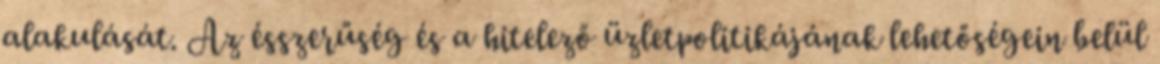
alakulását. Az ésszerűség és a hitelező üzletpolitikájának lehetőségein belül